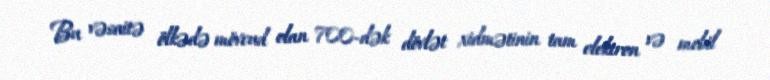
Bu vəsaitə ölkədə mövcud olan 700-dək dövlət xidmətinin tam elektron və mobil